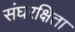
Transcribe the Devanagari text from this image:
संघरक्षिता